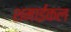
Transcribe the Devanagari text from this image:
शमाईकल